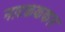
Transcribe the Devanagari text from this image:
नाटकककार